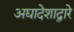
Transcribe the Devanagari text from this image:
अद्यादेशाद्वारे